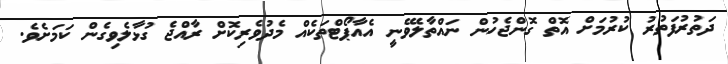
ދަތުރުފަތުރު ކުރުމަށް އޮތް ގޮންޖެހުން ނައްތާލެވޭނީ އެއާޕޯޓްތަކެއް މެދުވެރިކޮށް ރާއްޖެ ގުޅާލެވިގެން ކަމަށެވެ.